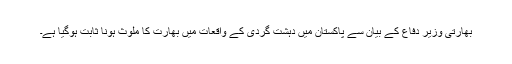
بھارتی وزیر دفاع کے بیان سے پاکستان میں دہشت گردی کے واقعات میں بھارت کا ملوث ہونا ثابت ہوگیا ہے۔